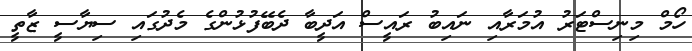
ހޯމް މިނިސްޓަރު އުމަރާއި ނައިބު ރައީސް އަދީބާ ދެބޭފުޅުންގެ މެދުގައި ސިޔާސީ ޒާތީ